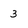
Character: 3